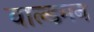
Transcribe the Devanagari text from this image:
वाल्डमन